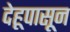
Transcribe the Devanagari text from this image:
देहूपासून